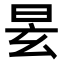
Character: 𣆂